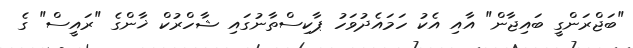
"ބަޖްރަންގީ ބައިޖާން" އާއި އެކު ހަމައެދުވަހު ޕާކިސްތާނުގައި ޝާހްރުކް ޚާންގެ "ރައީސް" ގެ